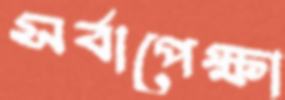
সর্বাপেক্ষা